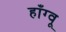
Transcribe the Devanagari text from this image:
हाँग्वू